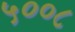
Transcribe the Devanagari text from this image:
५००८